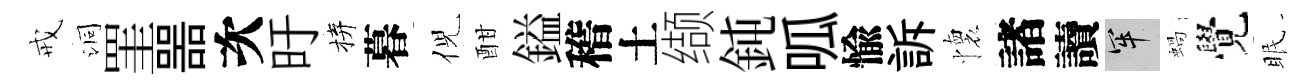
戒洞罣噐次旴拚暮倪酣鎰稽土缬鈍呱愉訴懷諸讀牢蝸覺眠